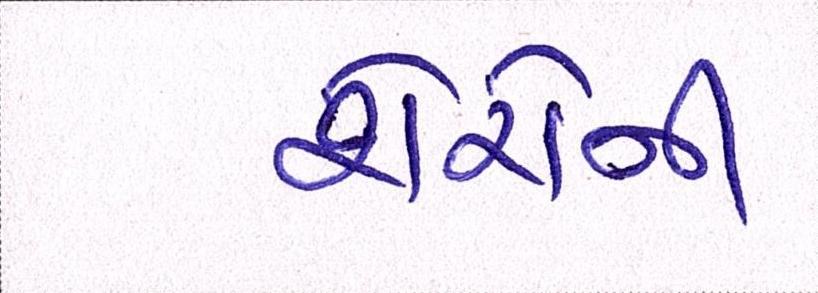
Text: શેરોની